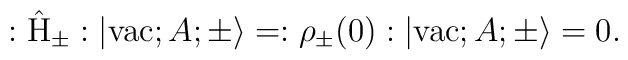
:\hat{\rm H}_{\pm}:|{\rm vac}; A;\pm \rangle =:{\rho}_{\pm}(0):|{\rm vac}; A;\pm \rangle =0.